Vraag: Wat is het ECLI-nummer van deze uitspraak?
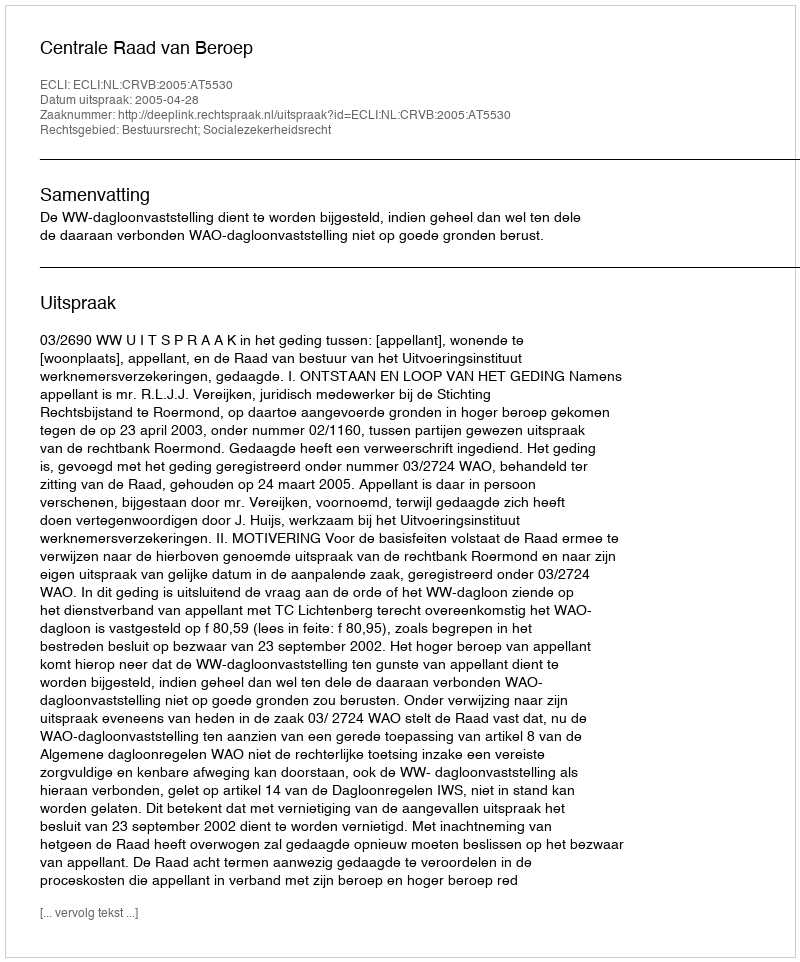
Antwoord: ECLI:NL:CRVB:2005:AT5530